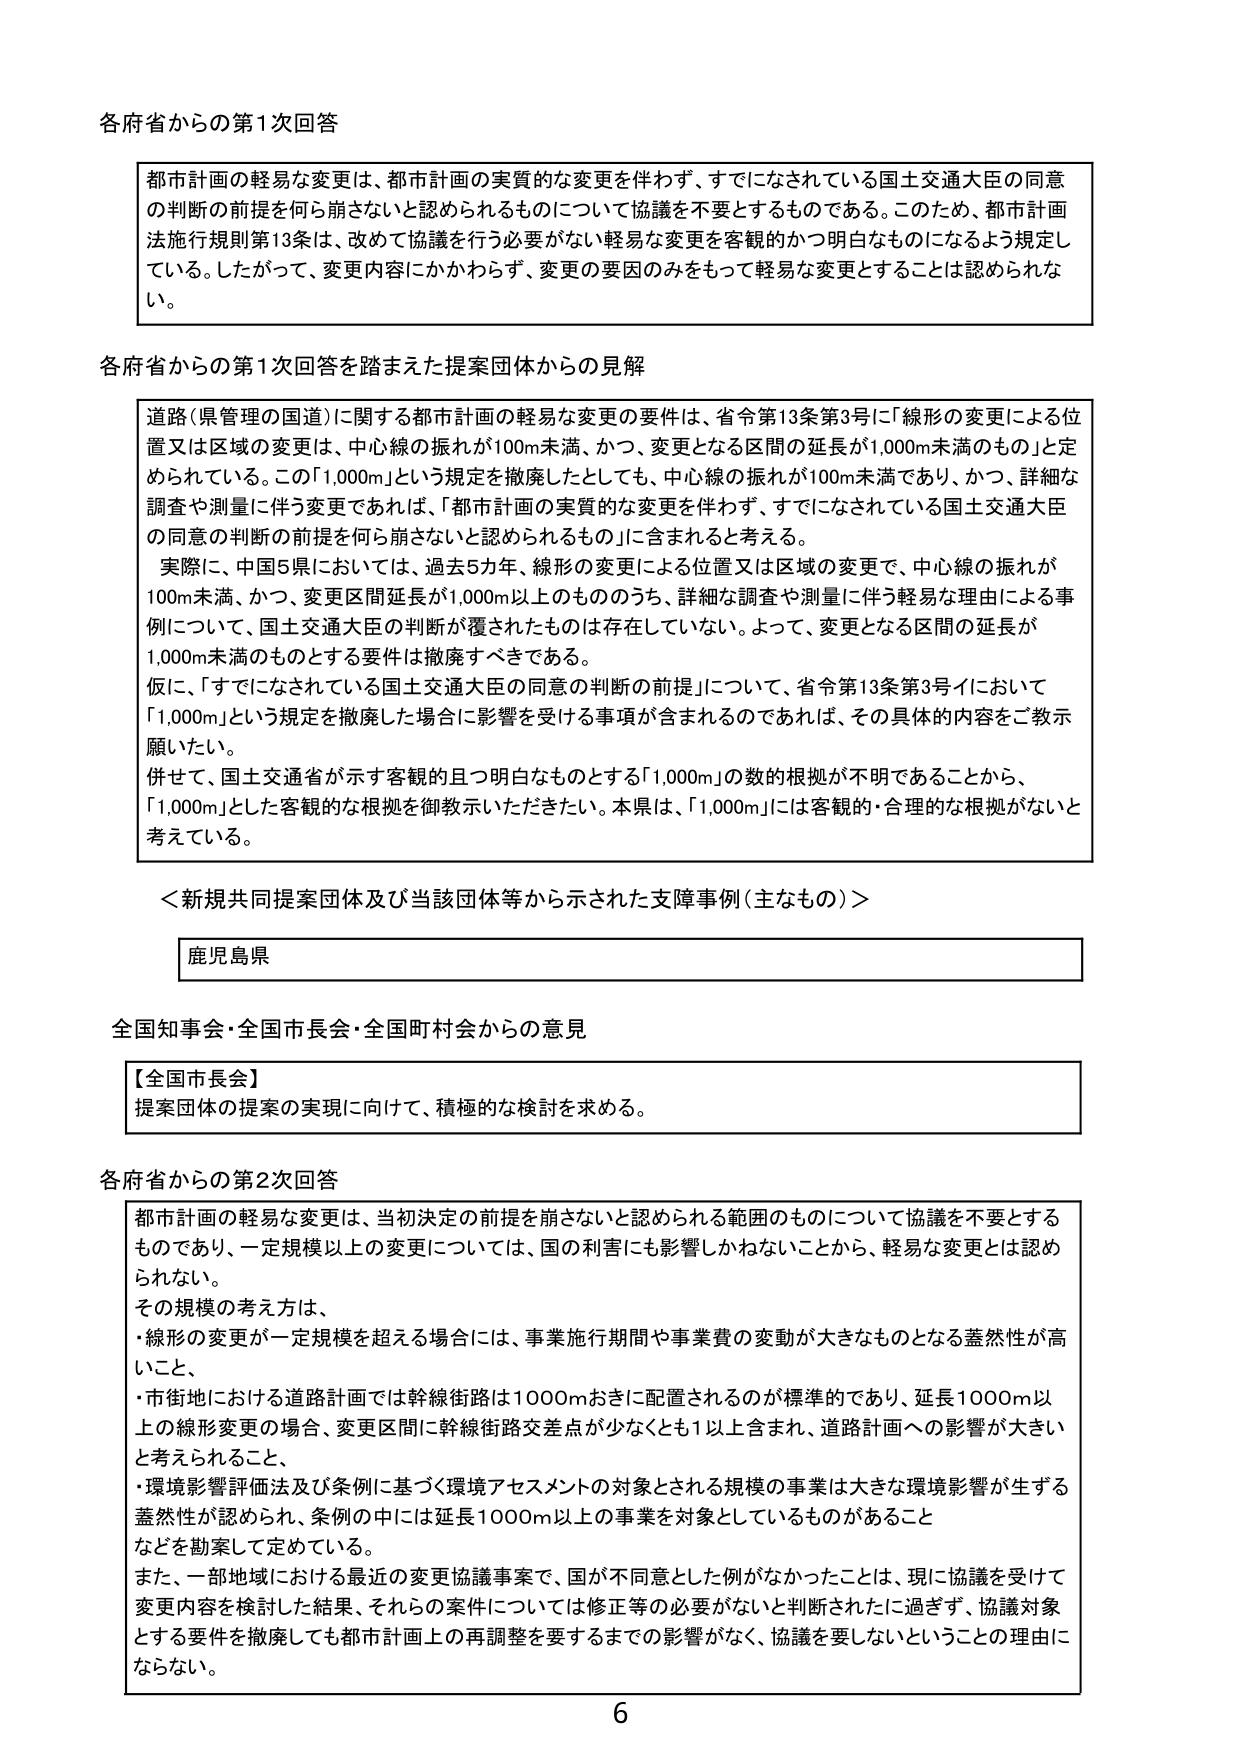
各府省からの第1次回答

都市計画の軽易な変更は、都市計画の実質的な変更を伴わず、すでになされている国土交通大臣の同意の判断の前提を何ら崩さないと認められるものについて協議を不要とするものである。このため、都市計画法施行規則第13条は、改めて協議を行う必要がない軽易な変更を客観的かつ明白なものになるよう規定している。したがって、変更内容にかかわらず、変更の要因のみをもって軽易な変更とすることは認められない。

各府省からの第1次回答を踏まえた提案団体からの見解

道路（県管理の国道）に関する都市計画の軽易な変更の要件は、省令第13条第3号に「線形の変更による位置又は区域の変更は、中心線の振れが100m未満、かつ、変更となる区間の延長が1,000m未満のもの」と定められている。この「1,000m」という規定を撤廃したとしても、中心線の振れが100m未満であり、かつ、詳細な調査や測量に伴う変更であれば、「都市計画の実質的な変更を伴わず、すでになされている国土交通大臣の同意の判断の前提を何ら崩さないと認められるもの」に含まれると考える。

実際に、中国5県においては、過去5カ年、線形の変更による位置又は区域の変更で、中心線の振れが100m未満、かつ、変更区間延長が1,000m以上のもの のうち、詳細な調査や測量に伴う軽易な理由による事例について、国土交通大臣の判断が覆されたものは存在していない。よって、変更となる区間の延長が1,000m未満のものとする要件は撤廃すべきである。

仮に、「すでになされている国土交通大臣の同意の判断の前提」について、省令第13条第3号イにおいて「1,000m」という規定を撤廃した場合に影響を受ける事項が含まれるのであれば、その具体的な内容をご示示願いたい。

併せて、国土交通省が示す客観的且つ明白なものとする「1,000m」の数的根拠が不明であることから、「1,000m」とした客観的な根拠を御教示いただきたい。本県は、「1,000m」には客観的・合理的な根拠がないと考えている。

＜新規共同提案団体及び当該団体等から示された支障事例（主なもの）＞

鹿児島県

全国知事会・全国市長会・全国町村会からの意見

【全国市長会】
提案団体の提案の実現に向けて、積極的な検討を求める。

各府省からの第2次回答

都市計画の軽易な変更は、当初決定の前提を崩さないと認められる範囲のものについて協議を不要とするものであり、一定規模以上の変更については、国の利害にも影響しかねないことから、軽易な変更とは認められない。

その規模の考え方は、
・線形の変更が一定規模を超える場合には、事業施行期間や事業費の変動が大きなものとなる蓋然性が高いこと、
・市街地における道路計画では幹線街路は1000mおきに配置されるのが標準的であり、延長1000m以上の線形変更の場合、変更区間に幹線街路交差点が少なくとも1以上含まれ、道路計画への影響が大きいと考えられること、
・環境影響評価法及び条例に基づく環境アセスメントの対象とされる規模の事業は大きな環境影響が生ずる蓋然性が認められ、条例の中には延長1000m以上の事業を対象としているものがあること
などを勘案して定めている。

また、一部地域における最近の変更協議事案で、国が不同意とした例がなかったことは、現に協議を受けて変更内容を検討した結果、それらの案件については修正等の必要がないと判断されたに過ぎず、協議対象とする要件を撤廃しても都市計画上の再調整を要するまでの影響がなく、協議を要しないということの理由にならない。

6